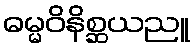
ဓမ္မဝိနိစ္ဆယညူ